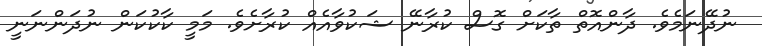
ނުދޭނަމެވެ. ދާންއޮތް ތާކަށް ގޮސް ކުރާނޭ ޝަކުވާއެއް ކުރާށެވެ. މަމީ ކާކުކަން ނުދަންނަނީ